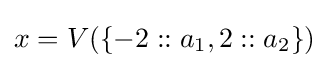
x=V(\{-2::a_{1},2::a_{2}\})